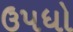
ઉપધો